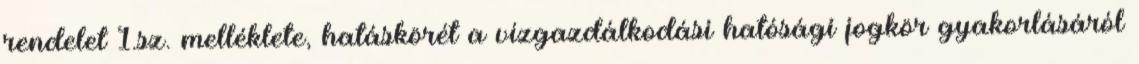
rendelet 1.sz. melléklete, hatáskörét a vízgazdálkodási hatósági jogkör gyakorlásáról